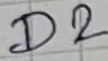
Text: D2